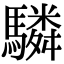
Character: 驎